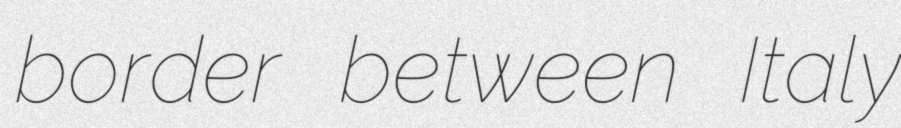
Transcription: border between Italy